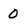
Character: 0